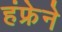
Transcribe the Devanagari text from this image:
हंफ्रेने